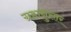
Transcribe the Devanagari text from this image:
ग्रहानुसार